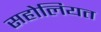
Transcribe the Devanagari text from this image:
सहोलियत